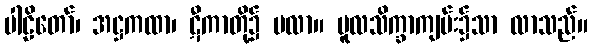
ပါဠိတော်၊ အဋ္ဌကထာ၊ ဋီကာတို့၌ မလာ။ မူလသိက္ခာကျမ်း၌သာ လာသည်။